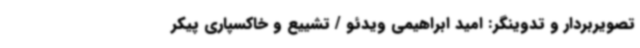
تصویربردار و تدوینگر: امید ابراهیمی ویدئو / تشییع و خاکسپاری پیکر